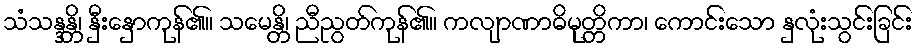
သံသန္ဒန္တိ၊ နှီးနှောကုန်၏။ သမေန္တိ၊ ညီညွတ်ကုန်၏။ ကလျာဏာဓိမုတ္တိကာ၊ ကောင်းသော နှလုံးသွင်းခြင်း